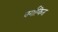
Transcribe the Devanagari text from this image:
वर्गाकित